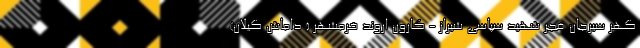
گهر سیرجان فجر شهید سپاسی شیراز - کارون اروند خرمشهر ( داماش گیلان)